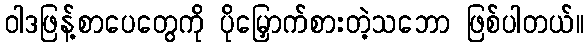
ဝါဒဖြန့်စာပေတွေကို ပိုမြှောက်စားတဲ့သဘော ဖြစ်ပါတယ်။